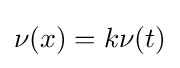
\nu (x)=k\nu (t)